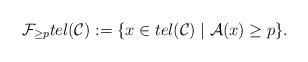
LaTeX: \begin{align*}\mathcal{F}_{\geq p} tel(\mathcal{C}):= \lbrace x\in tel(\mathcal{C})\mid \mathcal{A}(x)\geq p\rbrace.\end{align*}